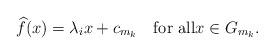
LaTeX: \begin{align*} \widehat{f}(x)=\lambda_i x + c_{m_k}\quad\textrm{for all}x\in G_{m_k}. \end{align*}